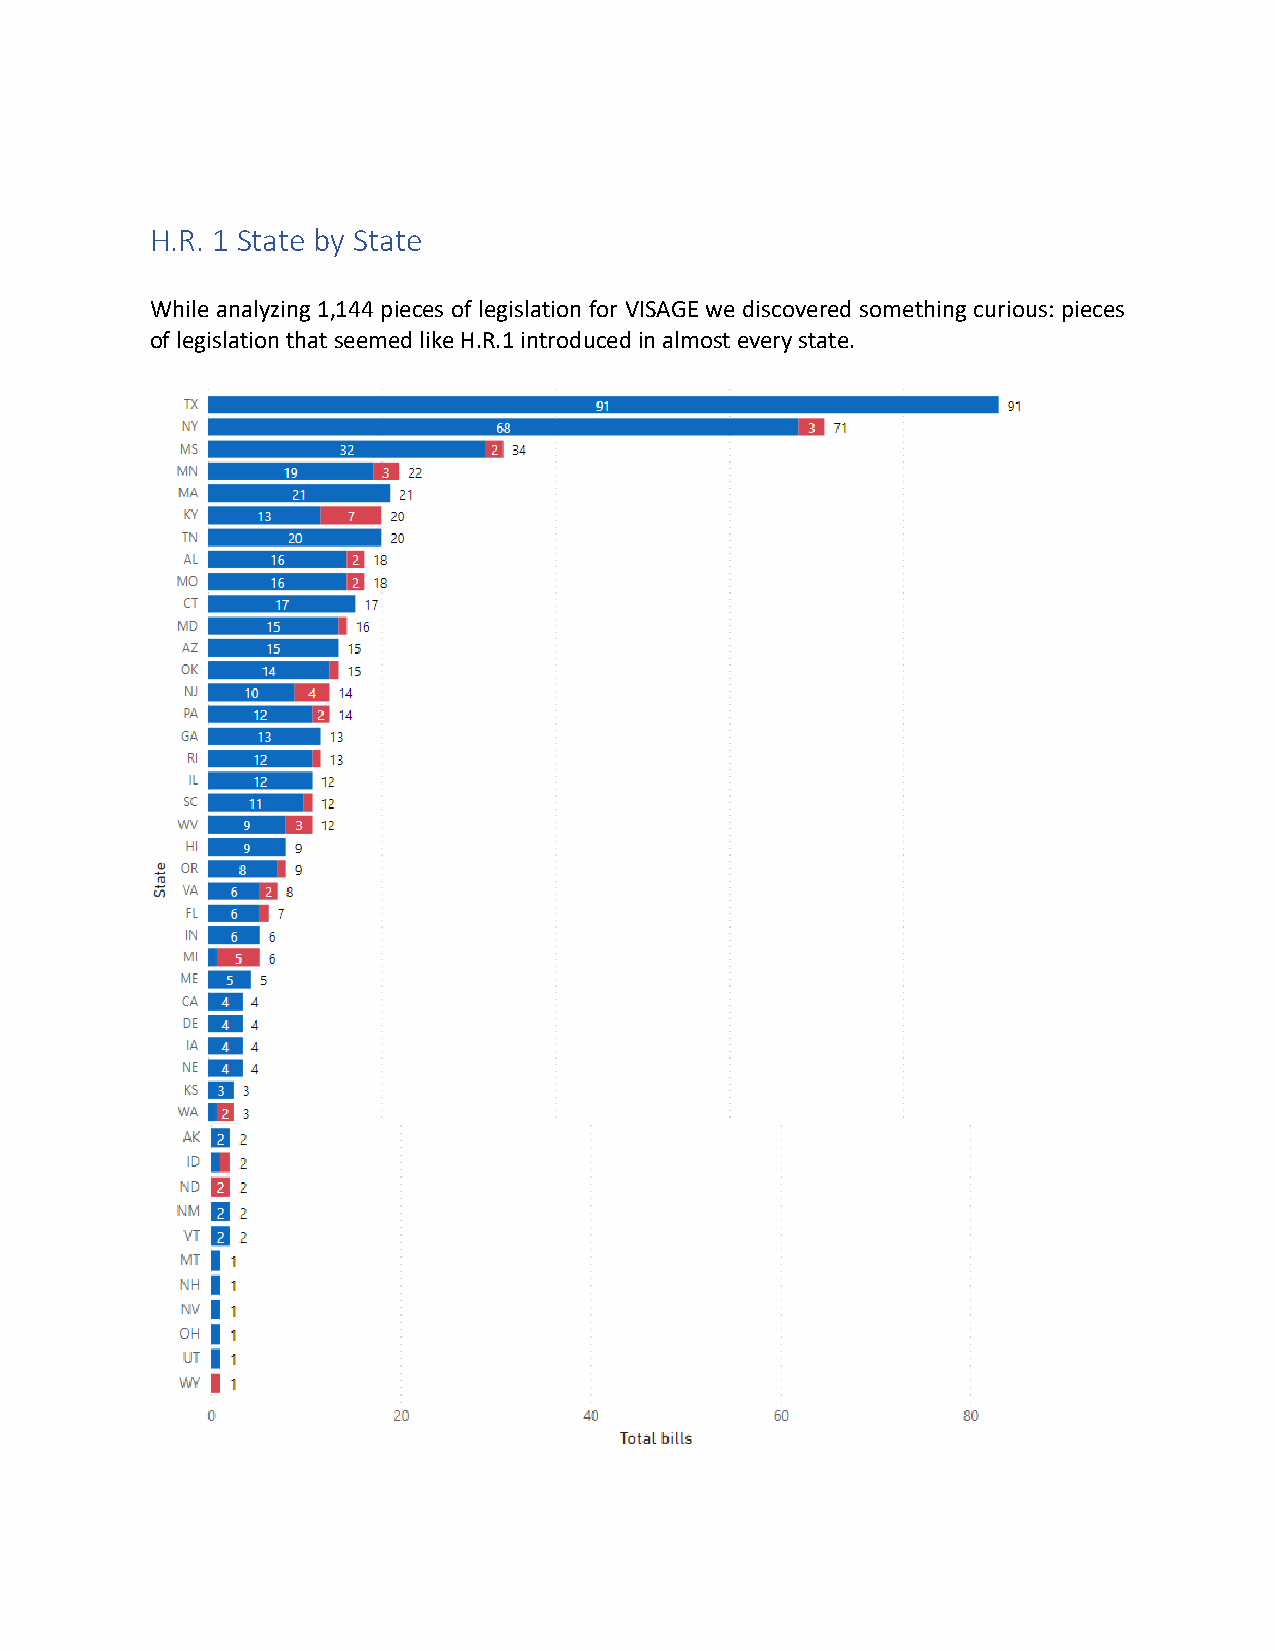
H.R. 1 State by State
 While analyzing 1,144 pieces of legislation for VISAGE we discovered something curious: pieces
 of legislation that seemed like H.R.1 introduced in almost every state.